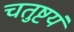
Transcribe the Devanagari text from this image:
चतुष्टयं